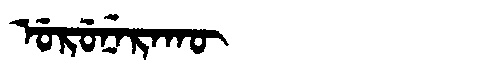
Manchu: ᡠᡵᡠᠨᡝᡵᠠᡴᡡ
Romanization: URUNERAKŪ